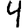
Digit: 4